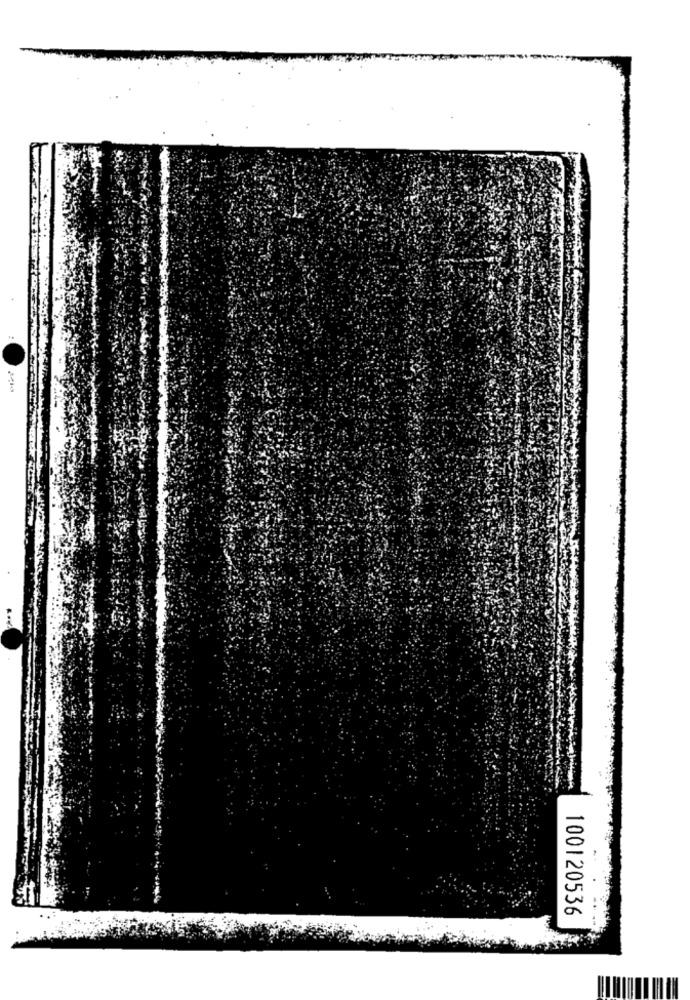
100120536